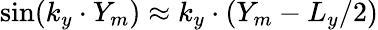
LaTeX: \sin(k_{y}\cdot Y_{m})\approx k_{y}\cdot(Y_{m}-L_{y}/2)